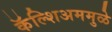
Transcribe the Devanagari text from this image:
कॅल्शिअममुळे